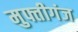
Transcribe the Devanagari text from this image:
मुफ्तीगंज